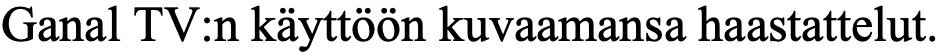
Ganal TV:n käyttöön kuvaamansa haastattelut.